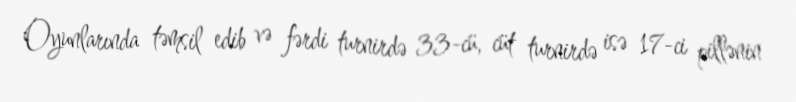
Oyunlarında təmsil edib və fərdi turnirdə 33-cü, cüt turnirdə isə 17-ci pillənin